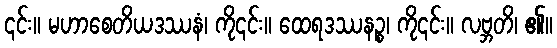
၎င်း။ မဟာစေတိယဒဿနံ၊ ကို၎င်း။ ထေရဒဿနဉ္စ၊ ကို၎င်း။ လဗ္ဘတိ၊ ၏။